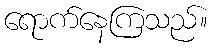
ရောက်နေကြသည်။